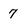
Character: 7